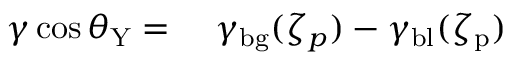
\begin{array} { r l } { \gamma \cos \theta _ { \mathrm { Y } } = } & { { } \ \gamma _ { \mathrm { b g } } ( \zeta _ { p } ) - \gamma _ { \mathrm { b l } } ( \zeta _ { \mathrm { p } } ) } \end{array}